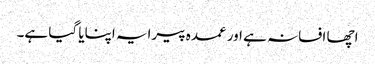
اچھا افسانہ ہے اور عمدہ پیرایہ اپنایا گیا ہے۔